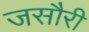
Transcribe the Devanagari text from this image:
जसौरी